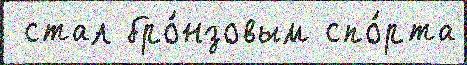
 стал бро́нзовым спо́рта